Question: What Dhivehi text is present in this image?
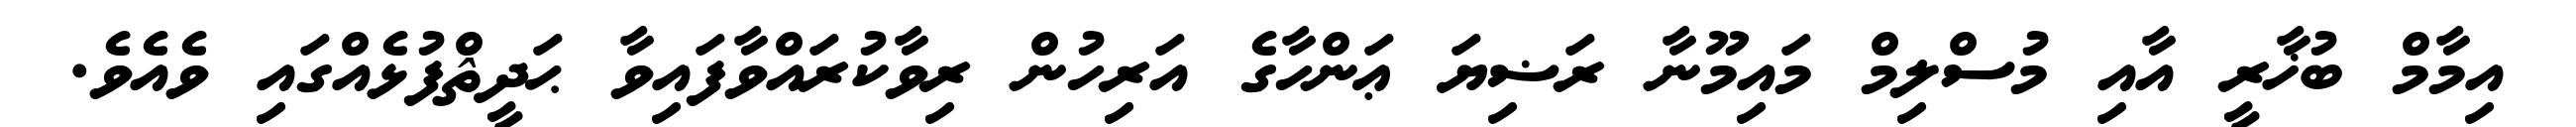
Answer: އިމާމް ބުޚާރީ އާއި މުސްލިމް މައިމޫނާ ރަޟިޔަ ޢަންހާގެ އަރިހުން ރިވާކުރައްވާފައިވާ ޙަދީޘްފުޅެއްގައި ވެއެވެ.